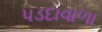
પડદાવાળા